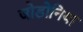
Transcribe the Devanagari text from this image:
जोडोनिया